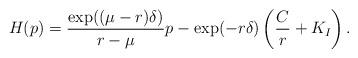
LaTeX: \begin{align*}H(p)=\frac{\exp((\mu-r)\delta)}{r-\mu}p-\exp(-r\delta)\left(\frac{C}{r}+K_I\right).\end{align*}